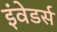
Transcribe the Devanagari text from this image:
इंवेडर्स